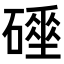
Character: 𥖌